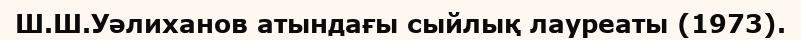
Ш.Ш.Уәлиханов атындағы сыйлық лауреаты (1973).